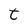
Character: t